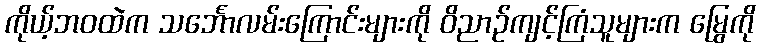
ကိုယ့်ဘဝထဲက သင်္ဘောလမ်းကြောင်းများကို ဝိညာဉ်ကျင့်ကြံသူများက မြွေကို